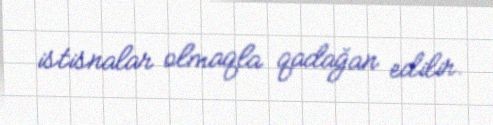
istisnalar olmaqla qadağan edilir.